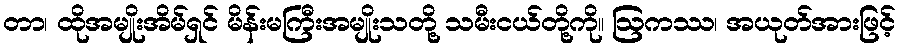
တာ၊ ထိုအမျိုးအိမ်ရှင် မိန်းမကြီးအမျိုးသတို့ သမီးငယ်တို့ကို။ ဩကဿ၊ အယုတ်အားဖြင့်